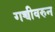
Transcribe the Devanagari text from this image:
गच्चीवरुन